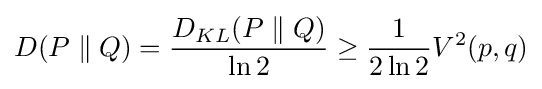
D(P\parallel Q)={\frac {D_{KL}(P\parallel Q)}{\ln 2}}\geq {\frac {1}{2\ln 2}}V^{2}(p,q)